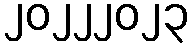
၂၀၂၂၂၀၂၃